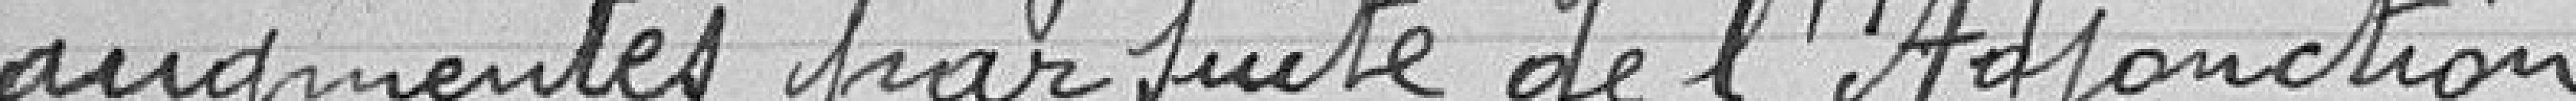
augmentés par suite de l'Adjonction